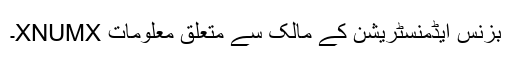
بزنس ایڈمنسٹریشن کے مالک سے متعلق معلومات XNUMX۔